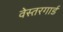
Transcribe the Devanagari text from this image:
वेस्तरगार्ड